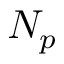
N _ { p }